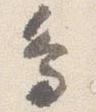
鳥